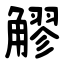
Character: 䚧